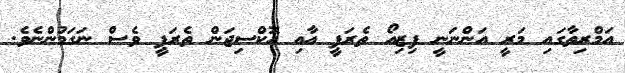
އަމްރިތާގައި މަރީ އަންނަނީ ފިޒިއޯ ތެރަޕީ އާއި އޮކްސިޖަން ތެރަޕީ ވެސް ނަގަމުންނެވެ.